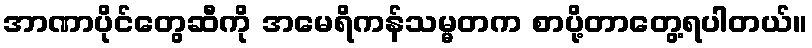
အာဏာပိုင်တွေဆီကို အမေရိကန်သမ္မတက စာပို့တာတွေ့ရပါတယ်။